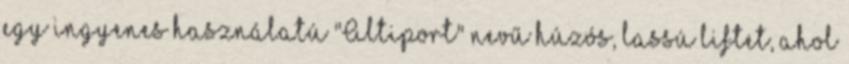
egy ingyenes használatú "Altiport" nevű húzós, lassú liftet, ahol